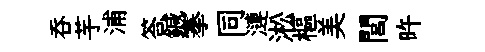
吞芋浦答鍼搴同漣淞樞美閭旿